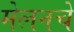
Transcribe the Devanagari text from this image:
मेलनचे